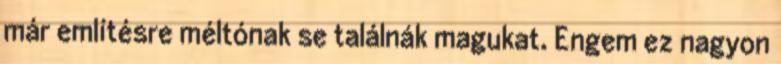
már említésre méltónak se találnák magukat. Engem ez nagyon